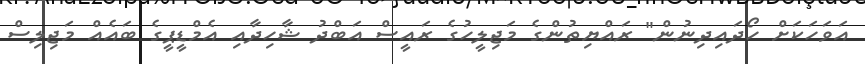
އަވަހަކަށް ހޯދައިދިނުން" ރައްޔިތުންގެ މަޖިލީހުގެ ރައީސް އަބްދު ޝާހިދާއި އެމްޑީޕީގެ ބައެއް މަޖިލިސް